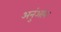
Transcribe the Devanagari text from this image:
अनुंआन